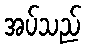
အပ်သည်